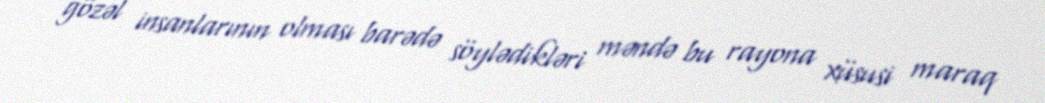
gözəl insanlarının olması barədə söylədikləri məndə bu rayona xüsusi maraq